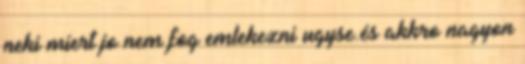
neki miert jo nem fog emlekezni ugyse.és akkro nagyon